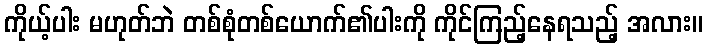
ကိုယ့်ပါး မဟုတ်ဘဲ တစ်စုံတစ်ယောက်၏ပါးကို ကိုင်ကြည့်နေရသည့် အလား။